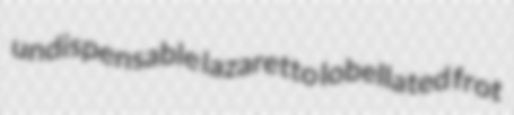
undispensable lazaretto lobellated frot